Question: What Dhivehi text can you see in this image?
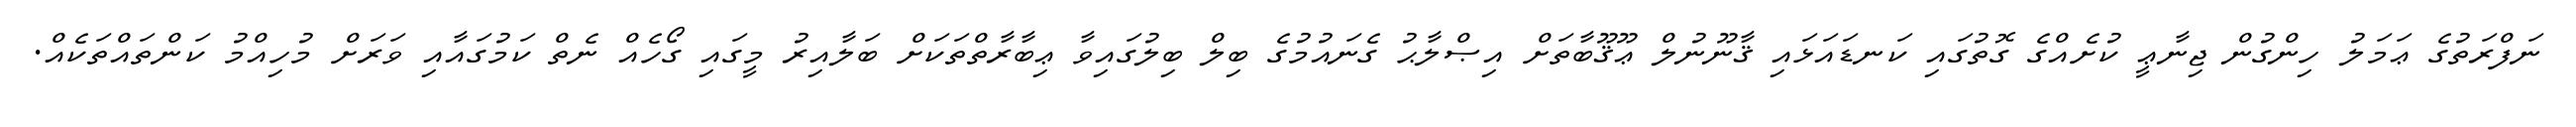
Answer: ނަފްރަތުގެ ޢަމަލު ހިންގުން ޖިނާޢީ ކުށެއްގެ ގޮތުގައި ކަނޑައަޅައި ޤާނޫނުލް ޢޫޤޫބާތަށް އިޞްލާޙު ގެނައުމުގެ ބިލް ބިލުގައިވާ ޢިބާރާތްތަކަށް ބަލާއިރު މީގައި ގޯހެއް ނެތް ކަމުގައާއި ވަރަށް މުހިއްމު ކަންތައްތަކެއް.